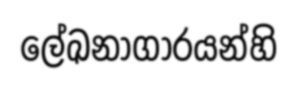
ලේඛනාගාරයන්හි